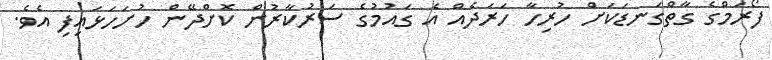
ފޯރަމްގެ ގާތްގަނޑަކަށް ހުރިހާ ހަރަދެއް އެ ގައުމުގެ ސަރުކާރުން ކޮށްދޭން ހުށަަހަޅައިފި އެވެ.